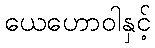
ယေဟောဝါနှင့်